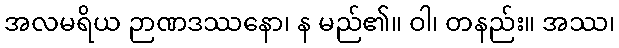
အလမရိယ ဉာဏဒဿနော၊ န မည်၏။ ဝါ၊ တနည်း။ အဿ၊